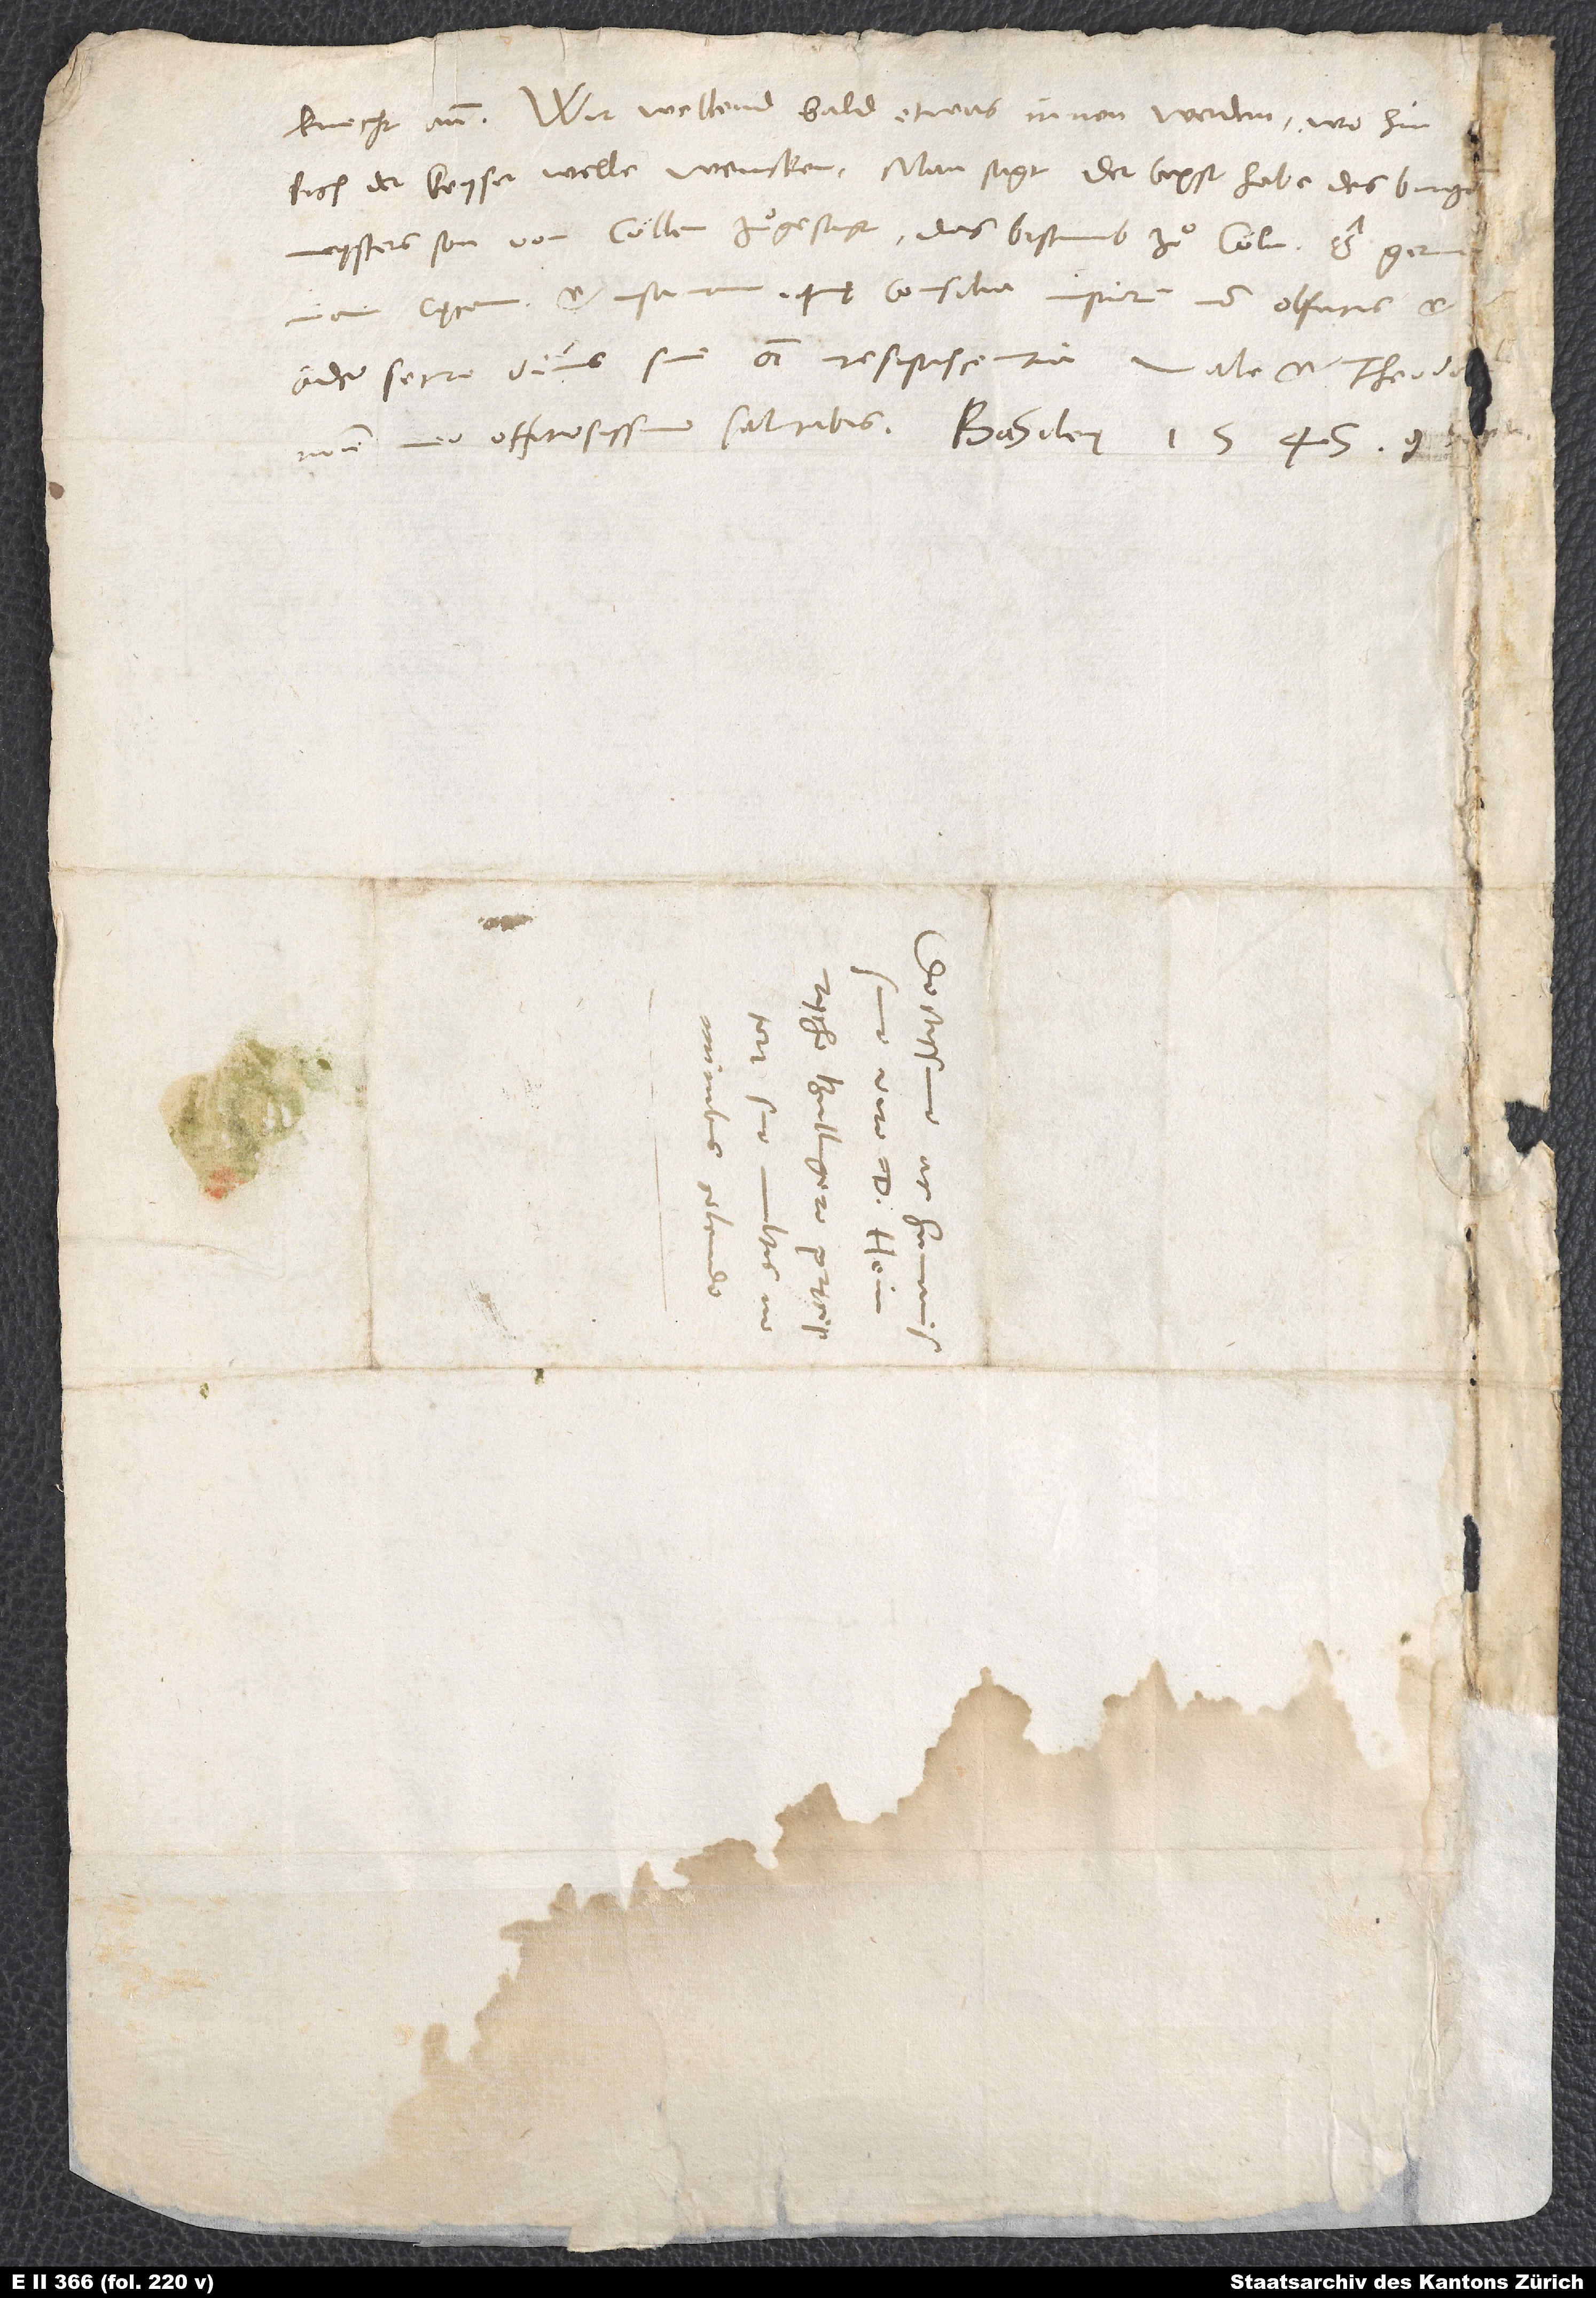
knecht an. Wir wellend bald etwas innen werden, wohin
cęcam et insanam, quę consilia impiorum non olfacis et